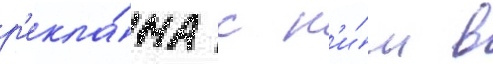
р'екла́ма с н'и́м в